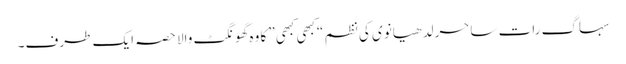
سہاگ رات ساحر لدھیانوی کی نظم “کبھی کبھی” کا وہ گھونگٹ والا حصہ ایک طرف۔